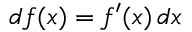
d f ( x ) = f ^ { \prime } ( x ) \, d x